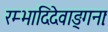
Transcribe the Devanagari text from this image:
रम्भादिदेवाङ्गनाः